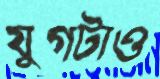
যুগটাও